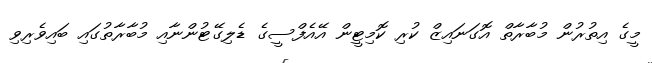
މީގެ އިތުރުން މުބާރާތް އޮގަނައިޒް ކުރި ކޮމިޓީން އޭއެފްސީގެ ޑެލިގޭޓުންނާއި މުބާރާތުގައި ބައިވެރިވި